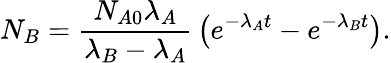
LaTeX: N_{B}={\frac{N_{A0}\lambda_{A}}{\lambda_{B}-\lambda_{A}}}\left(e^{-\lambda_{A}t}-e^{-\lambda_{B}t}\right).